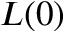
L ( 0 )